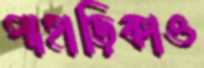
পাহাড়িকাও